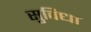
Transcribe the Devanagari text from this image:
सुविधा